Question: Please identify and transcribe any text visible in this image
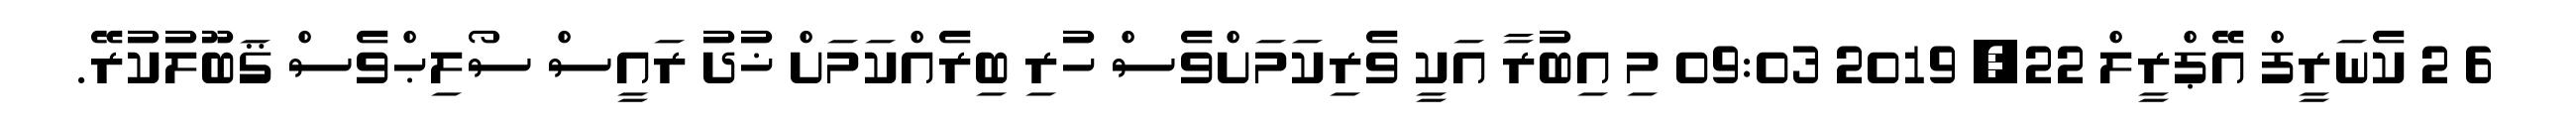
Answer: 6 2 ކެނަރީފް އޭޕްރީލް 22, 2019 09:03 މި އިބުރާ އަކީ ވެރިކަމަށްވެސް ހުރި ބިރެއްކަމަށް ޚުދު ރައީސް ސޯލިޙްވެސް ޤަބޫލުކުރޭ.